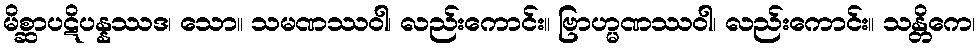
မိစ္ဆာပဋိပန္နဿဒ၊ သော။ သမဏဿဝါ၊ လည်းကောင်း။ ဗြာဟ္မဏဿဝါ၊ လည်းကောင်း။ သန္တိကေ၊